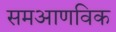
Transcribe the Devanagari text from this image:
समआणविक